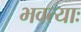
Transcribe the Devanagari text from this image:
भवत्याः